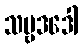
သဗ္ဗဒဒေါ